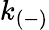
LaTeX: k_{(-)}